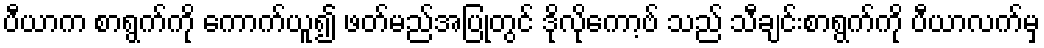
ပီယာက စာရွက်ကို ကောက်ယူ၍ ဖတ်မည်အပြုတွင် ဒိုလိုကော့ဗ် သည် သီချင်းစာရွက်ကို ပီယာလက်မှ